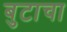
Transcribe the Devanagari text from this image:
बुटाचा